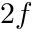
2 f